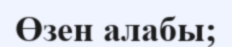
Өзен алабы;